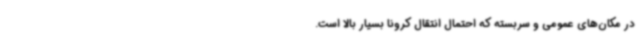
در مکان‌های عمومی و سربسته که احتمال انتقال کرونا بسیار بالا است.